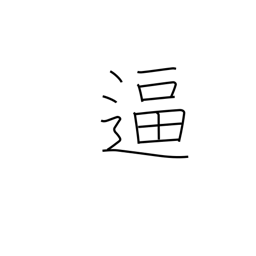
Meaning: spur on